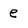
Character: e